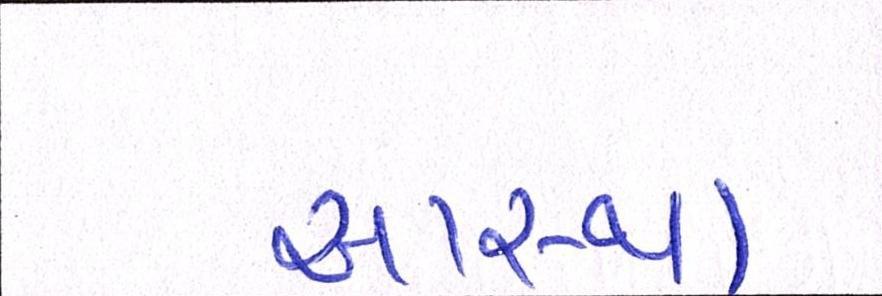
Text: આસ્થા